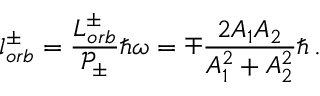
l _ { o r b } ^ { \pm } = \frac { L _ { o r b } ^ { \pm } } { \mathcal { P } _ { \pm } } \hbar \omega = \mp \frac { 2 A _ { 1 } A _ { 2 } } { A _ { 1 } ^ { 2 } + A _ { 2 } ^ { 2 } } \hbar \, .